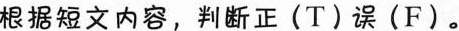
根据短文内容,判断正(T)误(F).